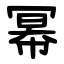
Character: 幂